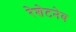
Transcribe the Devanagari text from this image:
रेशेटनेव